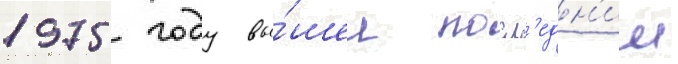
1975 году вы́шел посл'едн'ии